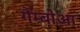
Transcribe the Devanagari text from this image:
गैम्बोआ